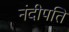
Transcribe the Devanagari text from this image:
नंदीपति